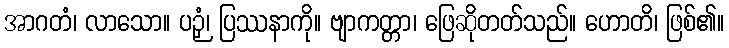
အာဂတံ၊ လာသော။ ပဉှံ၊ ပြဿနာကို။ ဗျာကတ္တာ၊ ဖြေဆိုတတ်သည်။ ဟောတိ၊ ဖြစ်၏။